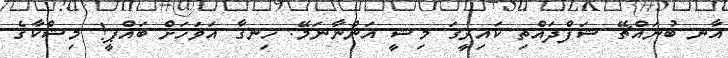
އާނ ބުނައްޗޭ ޝަފްދައްތި ކައިރީގަ މިޝީ އަންނާނަމޭ. ހިނގާ އަވަހަށް ބައްޕީ! މިޝްކާގެ